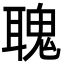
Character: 聭